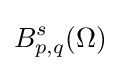
B_{p,q}^{s}(\Omega )